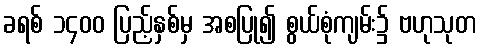
ခရစ် ၁၄၀၀ ပြည့်နှစ်မှ အစပြု၍ စွယ်စုံကျမ်း၌ ဗဟုသုတ